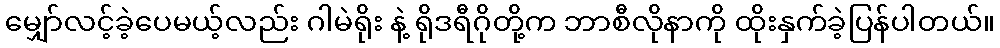
မျှော်လင့်ခဲ့ပေမယ့်လည်း ဂါမဲရိုး နဲ့ ရိုဒရီဂိုတို့က ဘာစီလိုနာကို ထိုးနှက်ခဲ့ပြန်ပါတယ်။